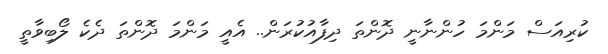
ކުރިއަސް މަންމަ ހުންނާނީ ދޮންތަ ދިފާއުކުރަން.. އެއީ މަންމަ ދޮންތަ ދެކެ ލޯބިވާތީ